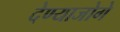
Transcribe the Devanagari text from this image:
देण्याजोगे